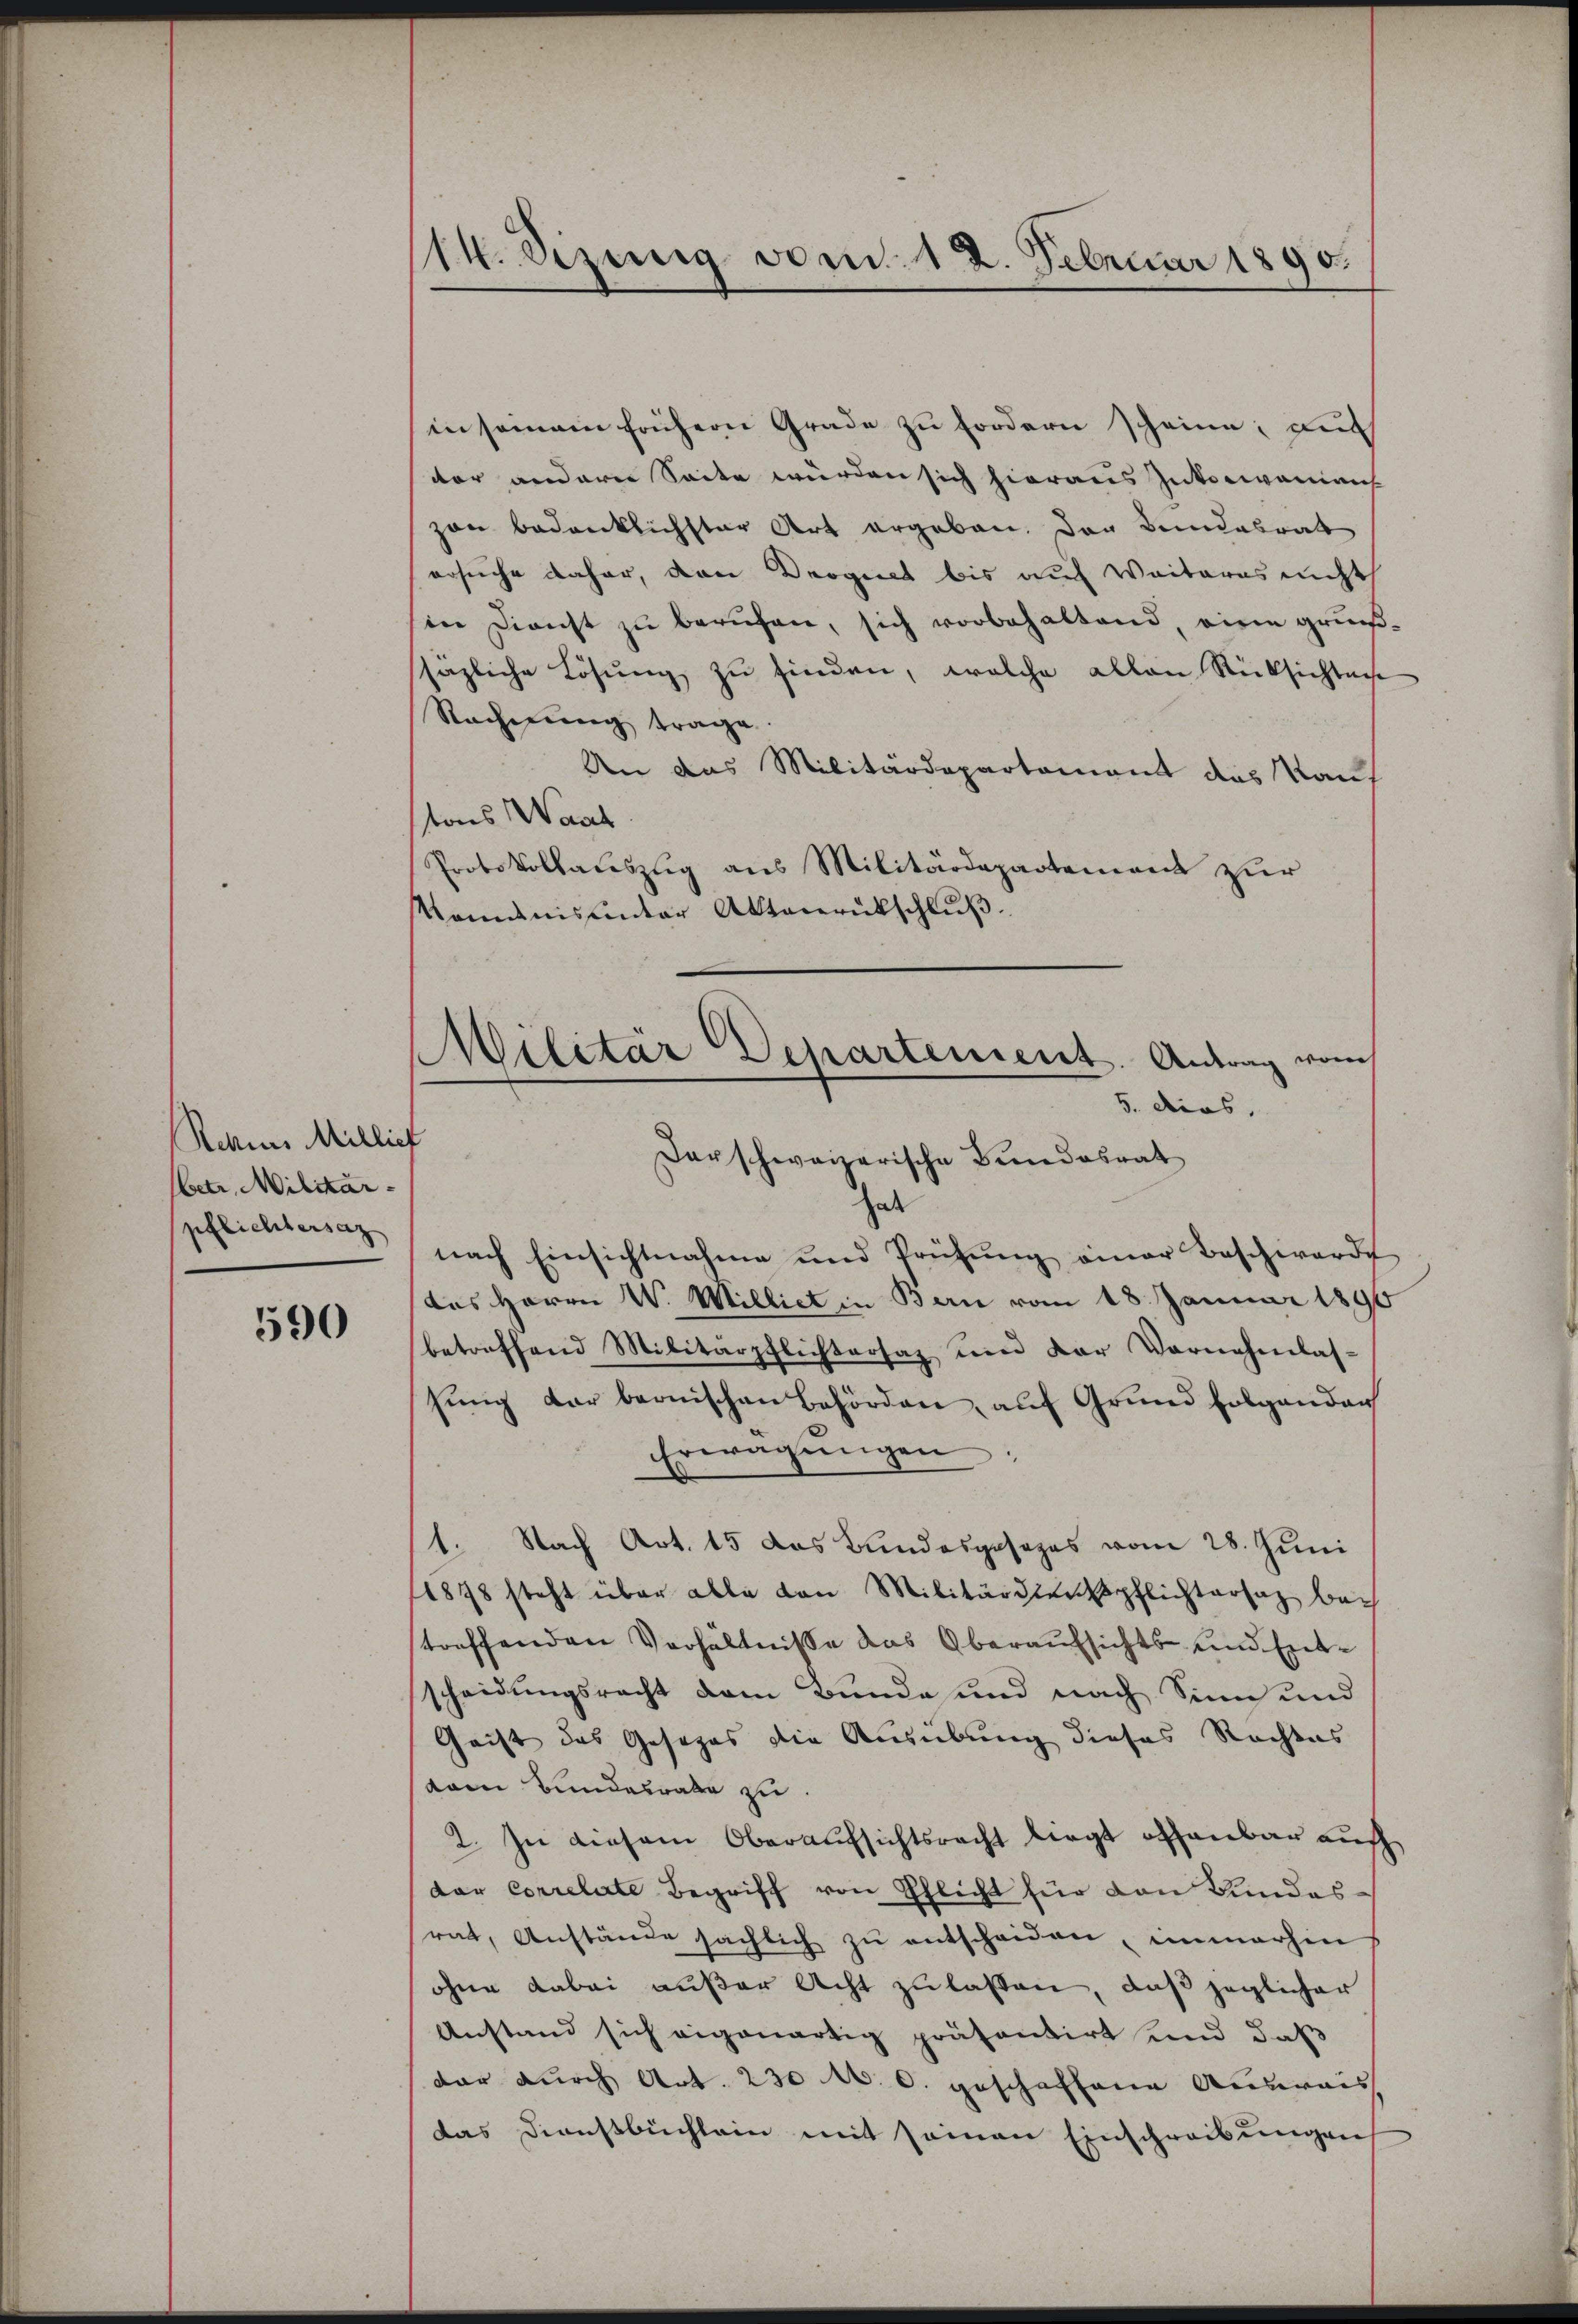
Rehius Millief
betr. Militar-
pflichtersaz

590

114. Sizung vom 12. Februar 1890.

in seinem frühern Grade zu fordern scheine, auf
der anderer Seite würden sich hieraus Inkonianian
zan bedenklichster Art ergeben. Der Bundesrat
ersuche daher, den Droguet bis auf Weiteres nicht
in Dienst zu berufen, sich vorbehaltend, eine grunß-
ssäzliche Lösung zu finden, welche allen Rücksichten
Rechnung trage
An das Militärdepartement das Kantons Waad
Protokollauszug aus Militärdepartement zur
Komunis unter Aktenrütschlŭβ
hat
nach Einsichtnahme und Prüfŭng einer Beschwerde
Das Herrn W. Milliet in Bern vom 18. Januar 1890
betreffend Militärpflichtersaz und der Vornehmlas-
sung der beonischen Behörden, auf Grund folgenden
Erwägŭngen;
1. Nach Art. 15 das Bundesgesezes vom 28. Juni
1878 steht über alle von Militärdien pflichtersaz be-
streffenden Verhältnisse das Oberaufsichts- und Entscheidungsrecht dem Bunde und nach Sinn und
Geist das Gesezes die Ausübung dieses Rechtes
vom Bundesrate zu
2. In diesem Oberaufsichtsrecht liegt offenbar auf
dar correlate Begriff von Pflicht für den Bundes-
rat, Anstände sächlich zŭ entscheiden, immerhin
ohne dabei außer Acht zu lassen, daß jeglicher
Anstand sich eigenartig präsentirt und daß
dar durch Art. 230 M. C. geschaffene Ausweis
das Dienstbüchlein mit seinen Einschreibungen

Militär Departement. Antrag vom
5. dies,
darschweizerische Bundesrat